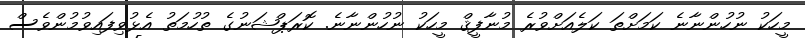
މީހަކު ނުހުންނާނެ ކަމަށްތަ ކަލެއަށްވުރެ މުނާފީޤް މީހަކު ނުހުންނާނެ. ކޮރަޕްޝަނުގެ ތުހުމަތު އެޅުވިފައިވުމުންވެސް